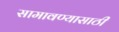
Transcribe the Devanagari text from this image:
सामावण्यासाठी